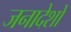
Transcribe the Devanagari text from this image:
जनादेशों